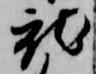
就